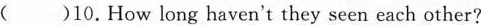
( )10.How long haven't they seen each other?